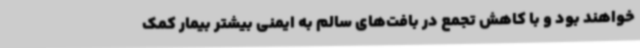
خواهند بود و با کاهش تجمع در بافت‌های سالم به ایمنی بیشتر بیمار کمک